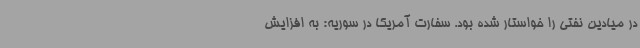
در میادین نفتی را خواستار شده بود. سفارت آمریکا در سوریه: به افزایش